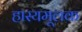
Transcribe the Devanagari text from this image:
हास्यमूलक